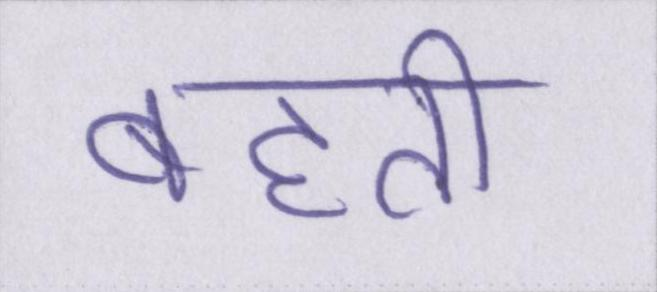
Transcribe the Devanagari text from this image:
बहती